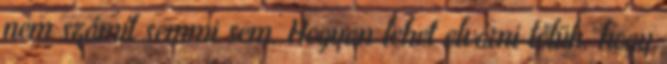
nem számít semmi sem. Hogyan lehet elvárni tőlük, hogy